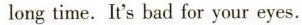
long time. It's bad for your eyes.